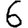
Digit: 6